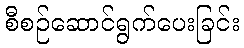
စီစဉ်ဆောင်ရွက်ပေးခြင်း